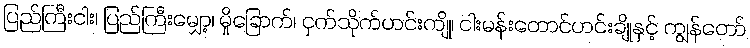
ပြည်ကြီးငါး၊ ပြည်ကြီးမျှော့၊ မှိုခြောက်၊ ငှက်သိုက်ဟင်းကျို၊ ငါးမန်းတောင်ဟင်းချိုနှင့် ကျွန်တော်